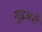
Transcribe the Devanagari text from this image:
गुइअरो